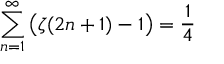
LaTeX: \sum _ { n = 1 } ^ { \infty } { \bigl ( } \zeta ( 2 n + 1 ) - 1 { \bigr ) } = { \frac { 1 } { 4 } }